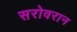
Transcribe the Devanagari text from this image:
सरोवरान